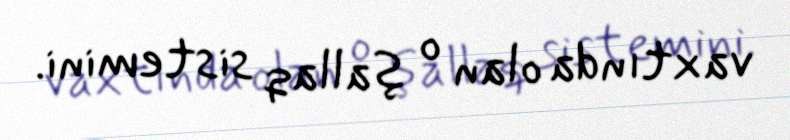
vaxtında olan o şallaq sistemini.